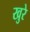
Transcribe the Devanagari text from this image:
खुरे